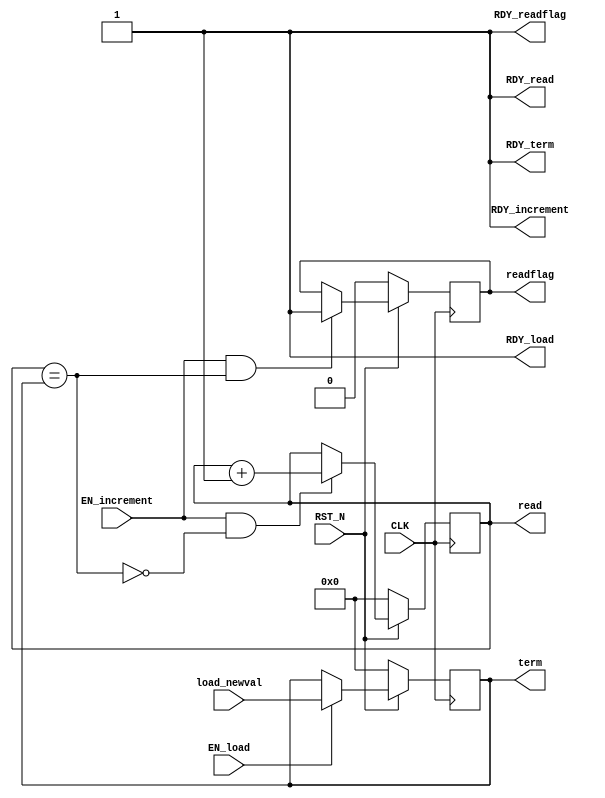
//
// Generated by Bluespec Compiler, version 2014.07.A (build 34078, 2014-07-30)
//
// On Fri Jun  3 17:32:02 BRT 2016
//
//
// Ports:
// Name                         I/O  size props
// read                           O     8 reg
// RDY_read                       O     1 const
// term                           O     8 reg
// RDY_term                       O     1 const
// readflag                       O     1 reg
// RDY_readflag                   O     1 const
// RDY_load                       O     1 const
// RDY_increment                  O     1 const
// CLK                            I     1 clock
// RST_N                          I     1 reset
// load_newval                    I     8 reg
// EN_load                        I     1
// EN_increment                   I     1
//
// No combinational paths from inputs to outputs
//
//

`ifdef BSV_ASSIGNMENT_DELAY
`else
  `define BSV_ASSIGNMENT_DELAY
`endif

`ifdef BSV_POSITIVE_RESET
  `define BSV_RESET_VALUE 1'b1
  `define BSV_RESET_EDGE posedge
`else
  `define BSV_RESET_VALUE 1'b0
  `define BSV_RESET_EDGE negedge
`endif

module mkCounter(CLK,
		 RST_N,

		 read,
		 RDY_read,

		 term,
		 RDY_term,

		 readflag,
		 RDY_readflag,

		 load_newval,
		 EN_load,
		 RDY_load,

		 EN_increment,
		 RDY_increment);
  input  CLK;
  input  RST_N;

  // value method read
  output [7 : 0] read;
  output RDY_read;

  // value method term
  output [7 : 0] term;
  output RDY_term;

  // value method readflag
  output readflag;
  output RDY_readflag;

  // action method load
  input  [7 : 0] load_newval;
  input  EN_load;
  output RDY_load;

  // action method increment
  input  EN_increment;
  output RDY_increment;

  // signals for module outputs
  wire [7 : 0] read, term;
  wire RDY_increment, RDY_load, RDY_read, RDY_readflag, RDY_term, readflag;

  // register flag
  reg flag;
  wire flag$D_IN, flag$EN;

  // register total
  reg [7 : 0] total;
  wire [7 : 0] total$D_IN;
  wire total$EN;

  // register value
  reg [7 : 0] value;
  wire [7 : 0] value$D_IN;
  wire value$EN;

  // remaining internal signals
  wire value_EQ_total___d3;

  // value method read
  assign read = value ;
  assign RDY_read = 1'd1 ;

  // value method term
  assign term = total ;
  assign RDY_term = 1'd1 ;

  // value method readflag
  assign readflag = flag ;
  assign RDY_readflag = 1'd1 ;

  // action method load
  assign RDY_load = 1'd1 ;

  // action method increment
  assign RDY_increment = 1'd1 ;

  // register flag
  assign flag$D_IN = 1'd1 ;
  assign flag$EN = EN_increment && value_EQ_total___d3 ;

  // register total
  assign total$D_IN = load_newval ;
  assign total$EN = EN_load ;

  // register value
  assign value$D_IN = value + 8'd1 ;
  assign value$EN = EN_increment && !value_EQ_total___d3 ;

  // remaining internal signals
  assign value_EQ_total___d3 = value == total ;

  // handling of inlined registers

  always@(posedge CLK)
  begin
    if (RST_N == `BSV_RESET_VALUE)
      begin
        flag <= `BSV_ASSIGNMENT_DELAY 1'd0;
	total <= `BSV_ASSIGNMENT_DELAY 8'd0;
	value <= `BSV_ASSIGNMENT_DELAY 8'd0;
      end
    else
      begin
        if (flag$EN) flag <= `BSV_ASSIGNMENT_DELAY flag$D_IN;
	if (total$EN) total <= `BSV_ASSIGNMENT_DELAY total$D_IN;
	if (value$EN) value <= `BSV_ASSIGNMENT_DELAY value$D_IN;
      end
  end

  // synopsys translate_off
  `ifdef BSV_NO_INITIAL_BLOCKS
  `else // not BSV_NO_INITIAL_BLOCKS
  initial
  begin
    flag = 1'h0;
    total = 8'hAA;
    value = 8'hAA;
  end
  `endif // BSV_NO_INITIAL_BLOCKS
  // synopsys translate_on
endmodule  // mkCounter